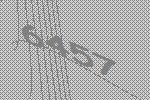
6457